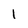
Character: 1